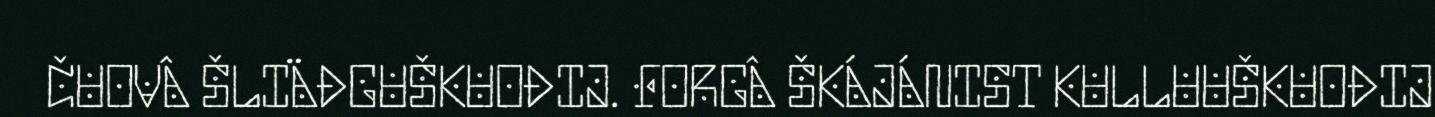
ČUOVÂ ŠLIÄĐGUŠKUOĐIJ. FORGÂ ŠKÁJÁNIST KULLUUŠKUOĐIJ